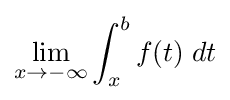
\lim _{x\to -\infty }\int _{x}^{b}f(t)\;dt